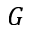
G